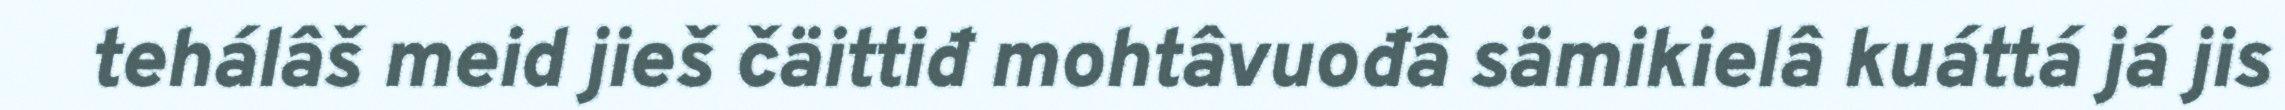
tehálâš meid jieš čäittiđ mohtâvuođâ sämikielâ kuáttá já jis